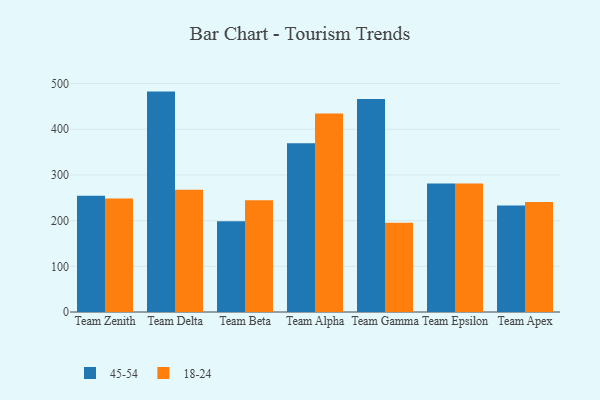
{"axis": {"x": "Team", "y": "Inventory Turnover"}, "legend": ["18-24", "45-54"], "data": [{"x": "Team Zenith", "y": 254.3, "type": "45-54"}, {"x": "Team Zenith", "y": 248.2, "type": "18-24"}, {"x": "Team Delta", "y": 482.4, "type": "45-54"}, {"x": "Team Delta", "y": 267.4, "type": "18-24"}, {"x": "Team Beta", "y": 198.5, "type": "45-54"}, {"x": "Team Beta", "y": 244.4, "type": "18-24"}, {"x": "Team Alpha", "y": 369.5, "type": "45-54"}, {"x": "Team Alpha", "y": 434.4, "type": "18-24"}, {"x": "Team Gamma", "y": 466.3, "type": "45-54"}, {"x": "Team Gamma", "y": 195.6, "type": "18-24"}, {"x": "Team Epsilon", "y": 281.4, "type": "45-54"}, {"x": "Team Epsilon", "y": 281.3, "type": "18-24"}, {"x": "Team Apex", "y": 232.9, "type": "45-54"}, {"x": "Team Apex", "y": 240.7, "type": "18-24"}]}